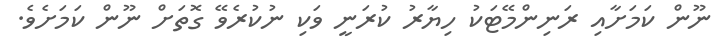
ނޫން ކަމަށާއި ރަނިންމޭޓަކު ހިޔާރު ކުރަނީ ވަކި ނުކުރެވޭ ގޮތަށް ނޫން ކަމަށެވެ.